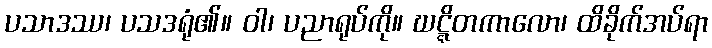
ပသာဒဿ၊ ပသဒရုံ၏။ ဝါ၊ ပညာရုပ်ကို။ ဃဋ္ဋိတကာလော၊ ထိခိုက်အပ်ရာ